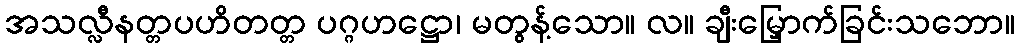
အသလ္လီနတ္တပဟိတတ္တ ပဂ္ဂဟဋ္ဌော၊ မတွန့်သော။ လ။ ချီးမြှောက်ခြင်းသဘော။